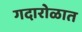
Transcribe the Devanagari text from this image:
गदारोळात